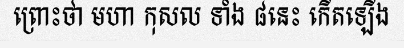
ព្រោះថា មហា កុសល ទាំង ៨នេះ កើតឡើង